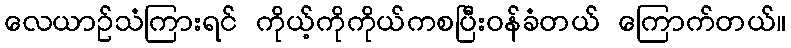
လေယာဥ်သံကြားရင် ကိုယ့်ကိုကိုယ်ကစပြီးဝန်ခံတယ် ကြောက်တယ်။